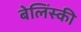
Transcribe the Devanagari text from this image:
बेलिंस्की